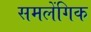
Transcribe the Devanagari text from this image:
समलेंगिक